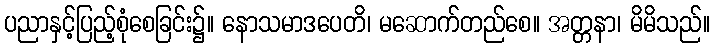
ပညာနှင့်ပြည့်စုံစေခြင်း၌။ နောသမာဒပေတိ၊ မဆောက်တည်စေ။ အတ္တနာ၊ မိမိသည်။